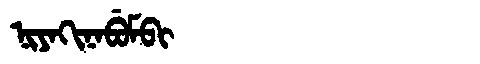
Manchu: ᠨᡳᠶᠠᡴᡳᠨᠠᠪᡠᠮᠪᡳ
Romanization: NIYAKINABUMBI